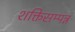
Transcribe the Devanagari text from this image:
शक्तिसम्पन्न